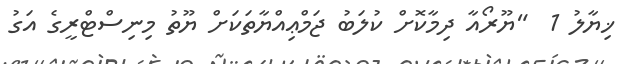
ޚިޔާލު 1  "ޔޫރޯއާ ދިމާކޮށް ކުލަބު ޖަމްޢިއްޔާތަކަށް ޔޫތު މިނިސްޓްރީގެ އަގު